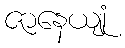
ဇာနေယျုံ